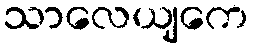
သာလေယျကေ